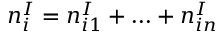
n _ { i } ^ { I } = n _ { i 1 } ^ { I } + \ldots + n _ { i n } ^ { I }